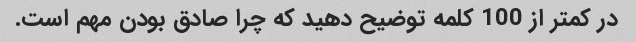
در کمتر از 100 کلمه توضیح دهید که چرا صادق بودن مهم است.